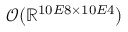
\mathcal { O } ( \mathbb { R } ^ { 1 0 E 8 \times 1 0 E 4 } )